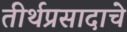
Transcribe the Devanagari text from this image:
तीर्थप्रसादाचे